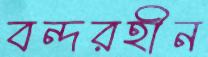
বন্দরহীন